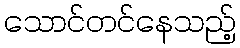
သောင်တင်နေသည့်